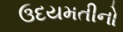
ઉદયમતીનો